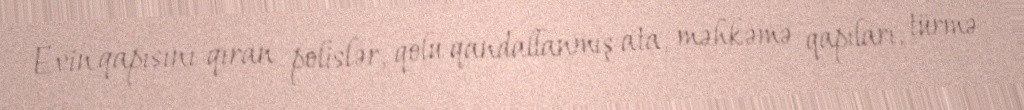
Evin qapısını qıran polislər, qolu qandallanmış ata, məhkəmə qapıları, türmə